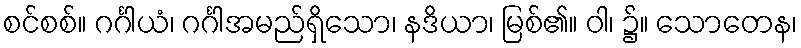
စင်စစ်။ ဂင်္ဂါယံ၊ ဂင်္ဂါအမည်ရှိသော၊ နဒိယာ၊ မြစ်၏။ ဝါ၊ ၌။ သောတေန၊